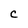
Character: C